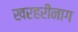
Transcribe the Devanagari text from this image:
खरहरीनाग